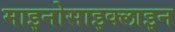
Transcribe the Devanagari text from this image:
माइनोसाइक्लाइन